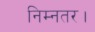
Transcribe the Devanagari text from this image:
निम्नतर।